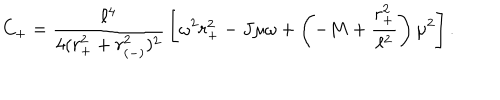
LaTeX: C _ { + } = { \frac { \ell ^ { 4 } } { 4 ( r _ { + } ^ { 2 } + r _ { ( - ) } ^ { 2 } ) ^ { 2 } } } \left[ \omega ^ { 2 } r _ { + } ^ { 2 } - J \mu \omega + \left( - M + { \frac { r _ { + } ^ { 2 } } { \ell ^ { 2 } } } \right) \mu ^ { 2 } \right] .